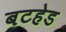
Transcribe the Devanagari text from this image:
बटहेड